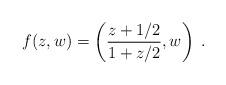
LaTeX: \begin{align*}f(z,w)=\left(\frac{z+1/2}{1+z/2},w\right)\;.\end{align*}